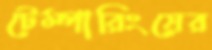
টেম্পারিংয়ের